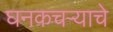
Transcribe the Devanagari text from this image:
घनकचऱ्याचे